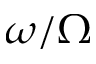
\omega / \Omega